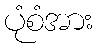
ပုံစံအား